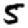
Digit: 5